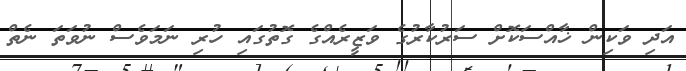
އަދި ވަކިން ޚާއްސަކޮށް ސަރުކާރުގެ ވަޒީރެއްގެ ގޮތުގައި ހުރި ނަމަވެސް ނުވަތަ ނެތް